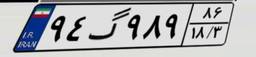
۱۸گ۴۲۸۶۷